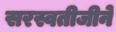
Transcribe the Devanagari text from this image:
सरस्वतीजीने